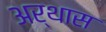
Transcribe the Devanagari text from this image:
अर्थास